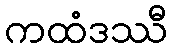
ကထံဒဿီ